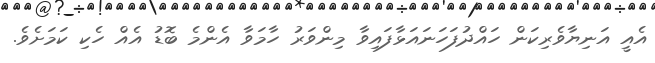
އެއީ އަނިޔާވެރިކަން ހައްދުފަހަނައަޅާފައިވާ މިންވަރު ހާމަވާ އެންމެ ބޮޑު އެއް ހެކި ކަމަށެވެ.